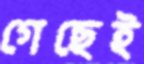
গেছেই